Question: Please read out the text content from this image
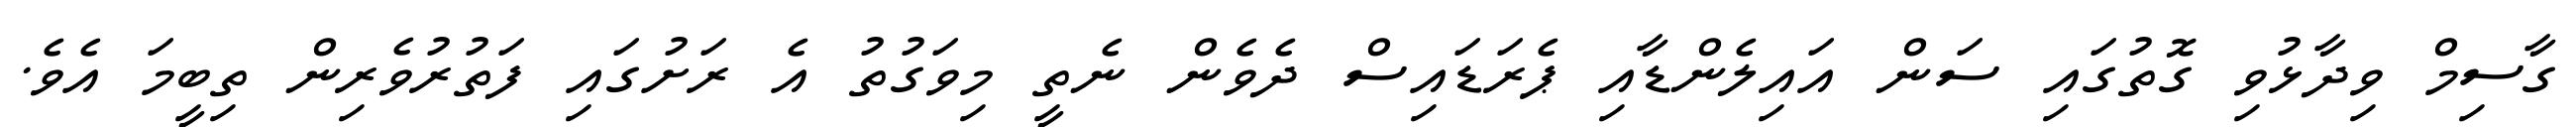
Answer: ގާސިމް ވިދާޅުވި ގޮތުގައި ސަން އައިލެންޑާއި ޕެރަޑައިސް ދެވެން ނެތީ މިވަގުތު އެ ރަށުގައި ފަތުރުވެރިން ތިބީމަ އެވެ.